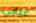
غيابي